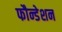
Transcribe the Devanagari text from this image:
फौन्डेशन